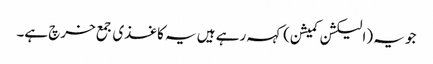
جو یہ (الیکشن کمیشن) کہہ رہے ہیں یہ کاغذی جمع خرچ ہے۔